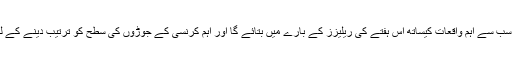
FBS کا تجزیاتی ادارہ آپ کو سب سے اہم واقعات کیساتھ اس ہفتے کی ریلیزز کے بارے میں بتائے گا اور اہم کرنسی کے جوڑوں کی سطح کو ترتیب دینے کے لیے مدد کرے گا۔